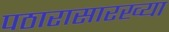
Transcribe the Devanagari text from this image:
पठारासारख्या